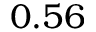
0 . 5 6